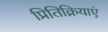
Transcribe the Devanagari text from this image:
प्रितिक्रियाएं